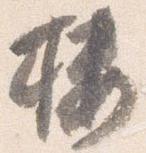
桜